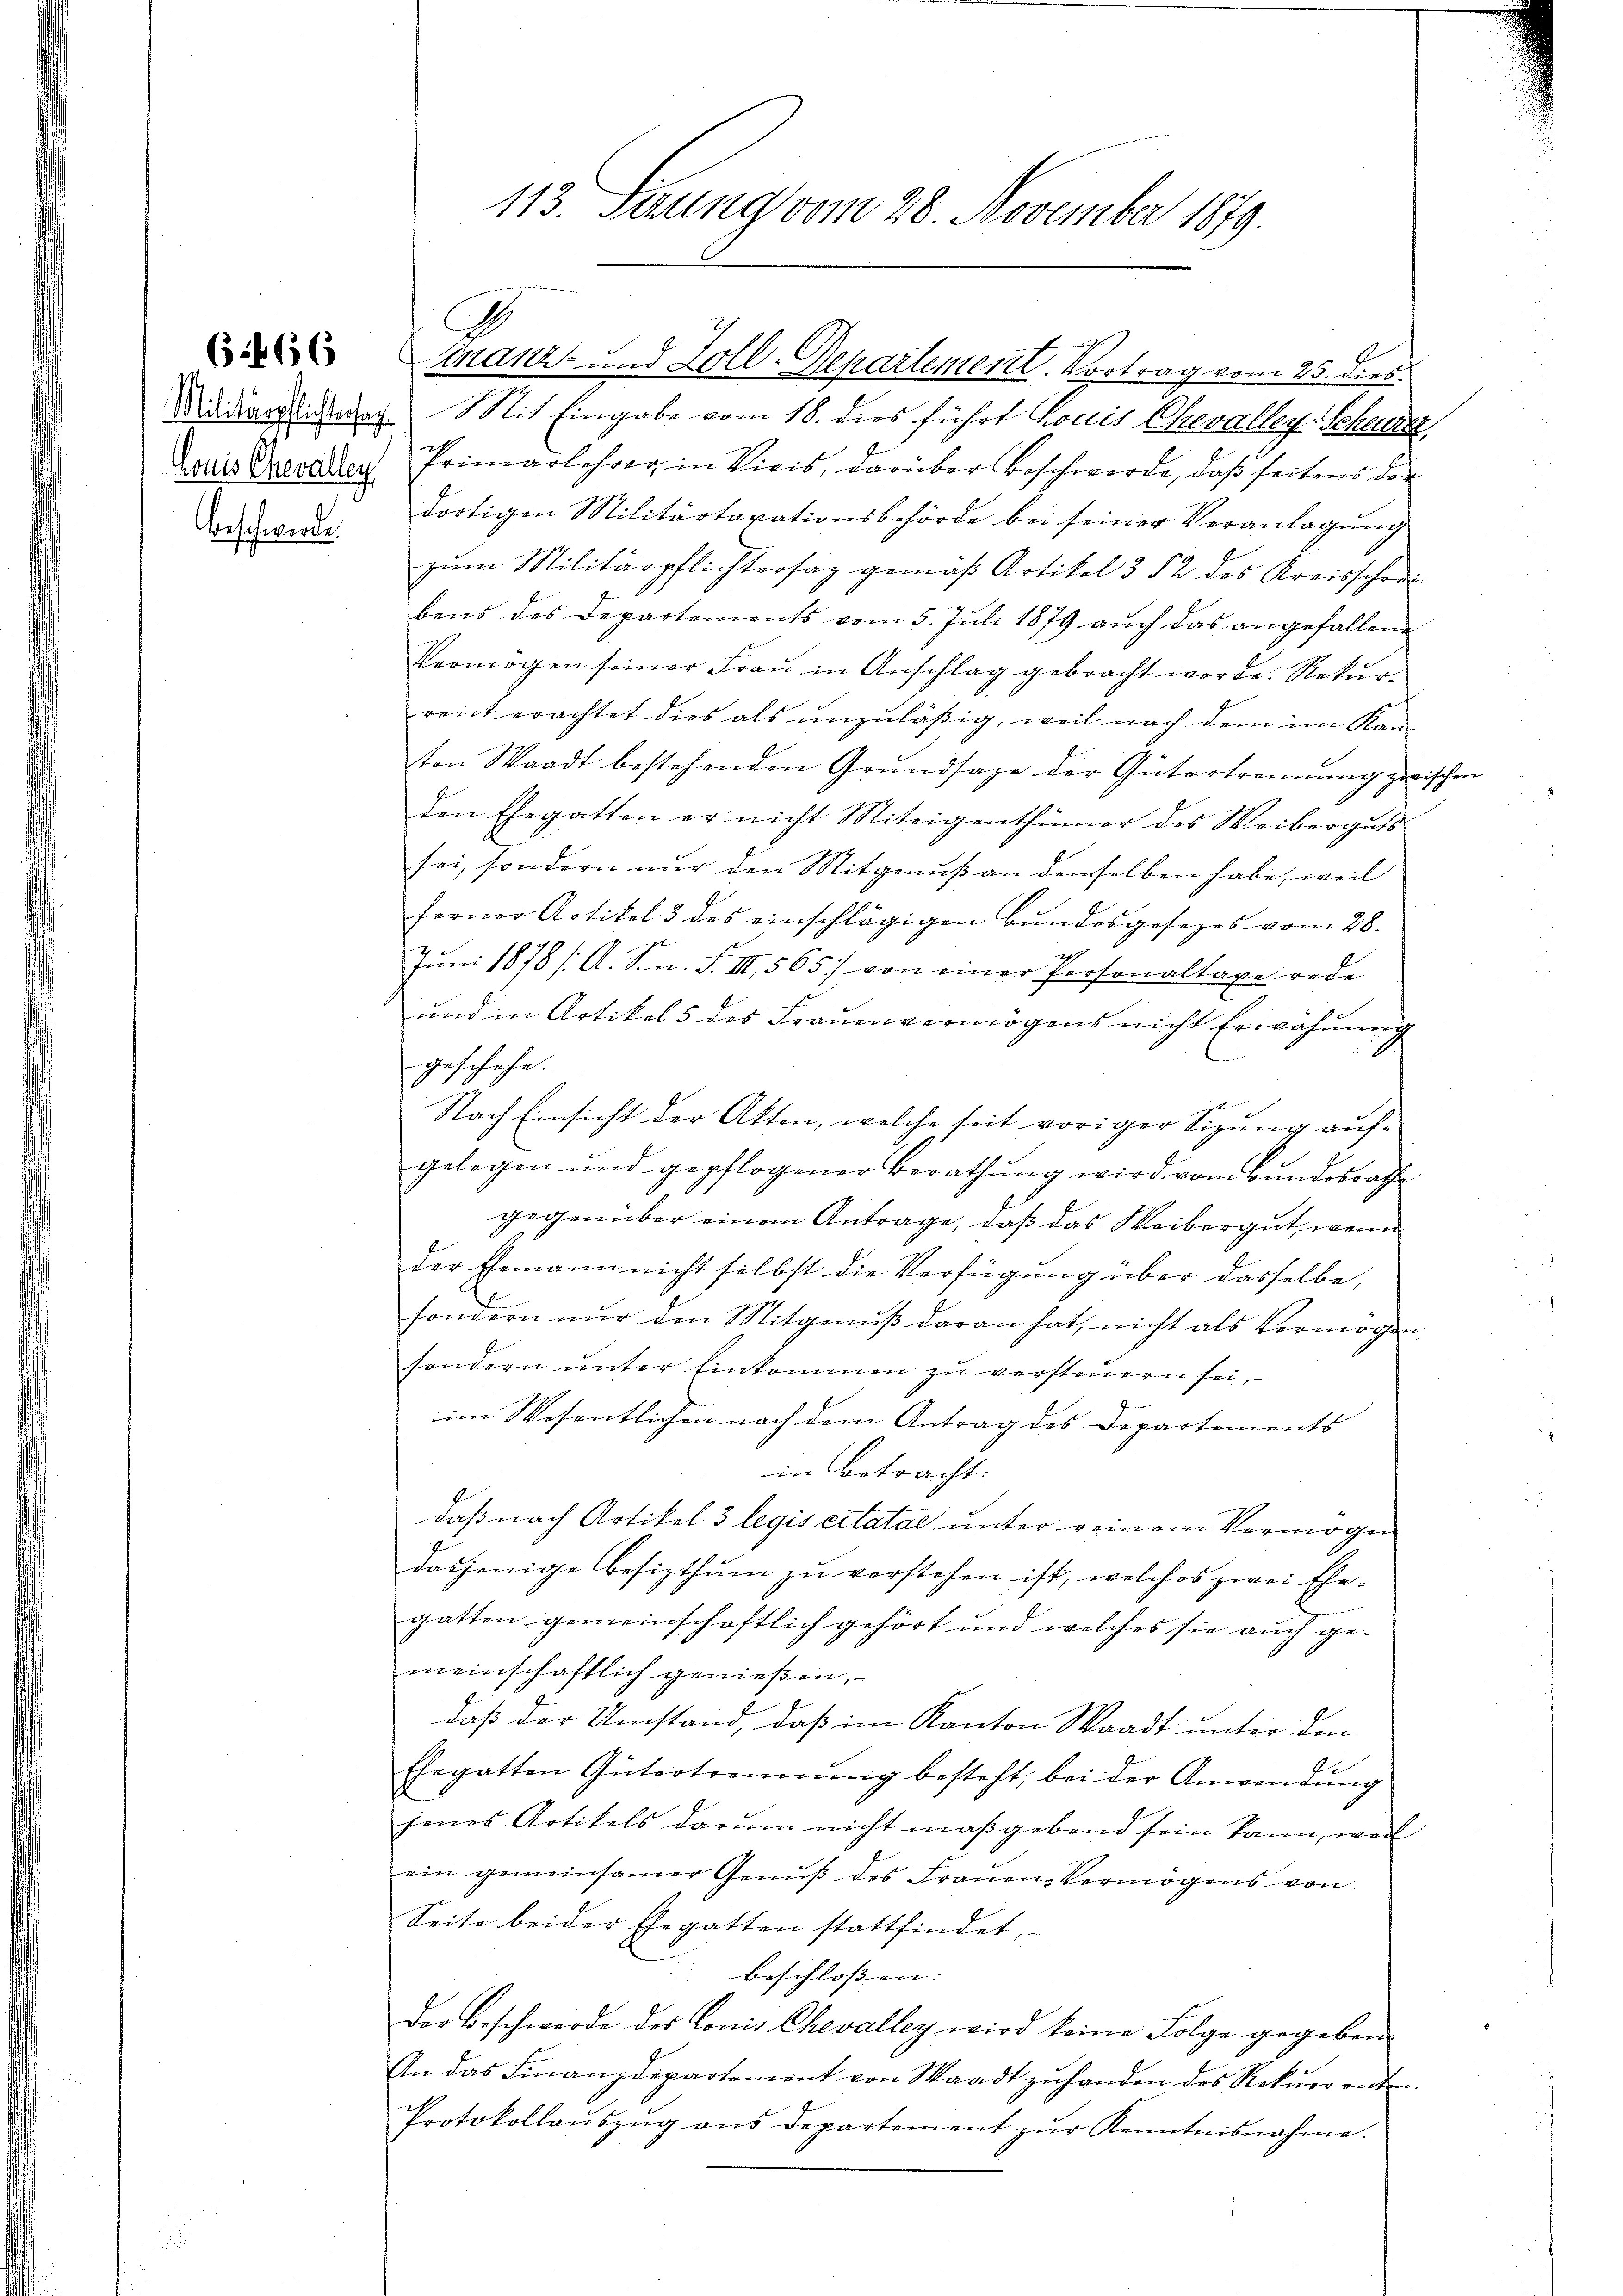
Beschwerde.

(1466

113. Seung vom 28. November 1879.

Finanz- und Zoll-Departement. Vortrag vom 25. dies

.
Redingung. Mit Eingabe vom 18. dies führt horis Chevaller-Schanze,
Mais Verdar Primarlehrer in Vicis, darüber beschwerde, daß seitens der
dortigen Militärtaxationsbehörde bei seiner Veranlagung
zum Militärpflichtersag gemäß Artikel 3 § 2 des Kreisschon
bens des Departements vom 5. Jŭli 1879 aŭch das angefallene
Vermögen seiner Frau in Anschlag gebracht werde. Rekurrent erachtet dies als unzuläßig, weil nach dem im Kanton Waadt bestehenden Grundsaze der Gütertrennung zwischen
den Ehegatten er nicht Miteigenthümer des Weiberguts
sei, sondern nur den Mitgenuß an demselben habe, weil
ferner Artikel 3 des einschlägigen Bundesgesezes vom 28.
Juni 1878 /A. S. n. F. II., 565) von einer Personaltaxe rede
und in Artikel 5 des Frauenvermögens nicht Erwähnung
geschehe.
Nach Einsicht der Akten, welche seit voriger Sizung auf-
gelegen und gepflogener Berathŭng wird vom Bundesrath
gegenüber einem Antrage, daß das Weibergut, wenn
der Ehemann nicht selbst die Verfügung über dasselbe,
sondern nur den Mitgenuß daran hat, nicht als Vermögen,
sondern unter Einkommen zu versteuern sei,
im Wesentlichen nach dem Antrag des Departements |
in betracht.
daß nach Artikel 3 legis citatae unter reinem Vermögen
dasjenige Besizthum zu verstehen ist, welches zwei Ehe-
gatten gemeinschaftlich gehört und welches sie auch gemeinschaftlich genießen,
daß der Umstand, daß im Kanton Waadt unter den
Ehegatten Gütertrennŭng besteht, bei der Anwendŭng
jenes Artikels darum nicht maßgebend sein kann, weil
ein gemeinsamer Genuß des Frauen-Vermögens von
Seite beider Ehegatten stattfindet,
beschlossen:
Der Beschwerde des Conis Chevalley wird keine Folge gegebens
An das Finanzdepartement von Waadt zŭ handen des Rekurrenten
Protokollaŭszŭg ans Departement zŭr Kenntnisnahme.